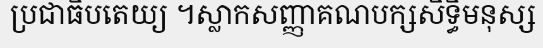
ប្រជាធិបតេយ្យ ។ស្លាកសញ្ញាគណបក្សសិទ្ធិមនុស្ស